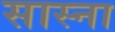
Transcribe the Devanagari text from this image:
सास्ना